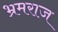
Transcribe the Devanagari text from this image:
भ्रमराज